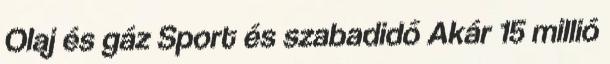
Olaj és gáz Sport és szabadidő Akár 15 mil­lió